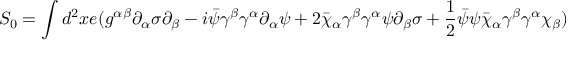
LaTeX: S _ { 0 } = \int d ^ { 2 } x e ( g ^ { \alpha \beta } \partial _ { \alpha } \sigma \partial _ { \beta } - i \bar { \psi } \gamma ^ { \beta } \gamma ^ { \alpha } \partial _ { \alpha } \psi + 2 \bar { \chi } _ { \alpha } \gamma ^ { \beta } \gamma ^ { \alpha } \psi \partial _ { \beta } \sigma + \frac { 1 } { 2 } \bar { \psi } \psi \bar { \chi } _ { \alpha } \gamma ^ { \beta } \gamma ^ { \alpha } \chi _ { \beta } )